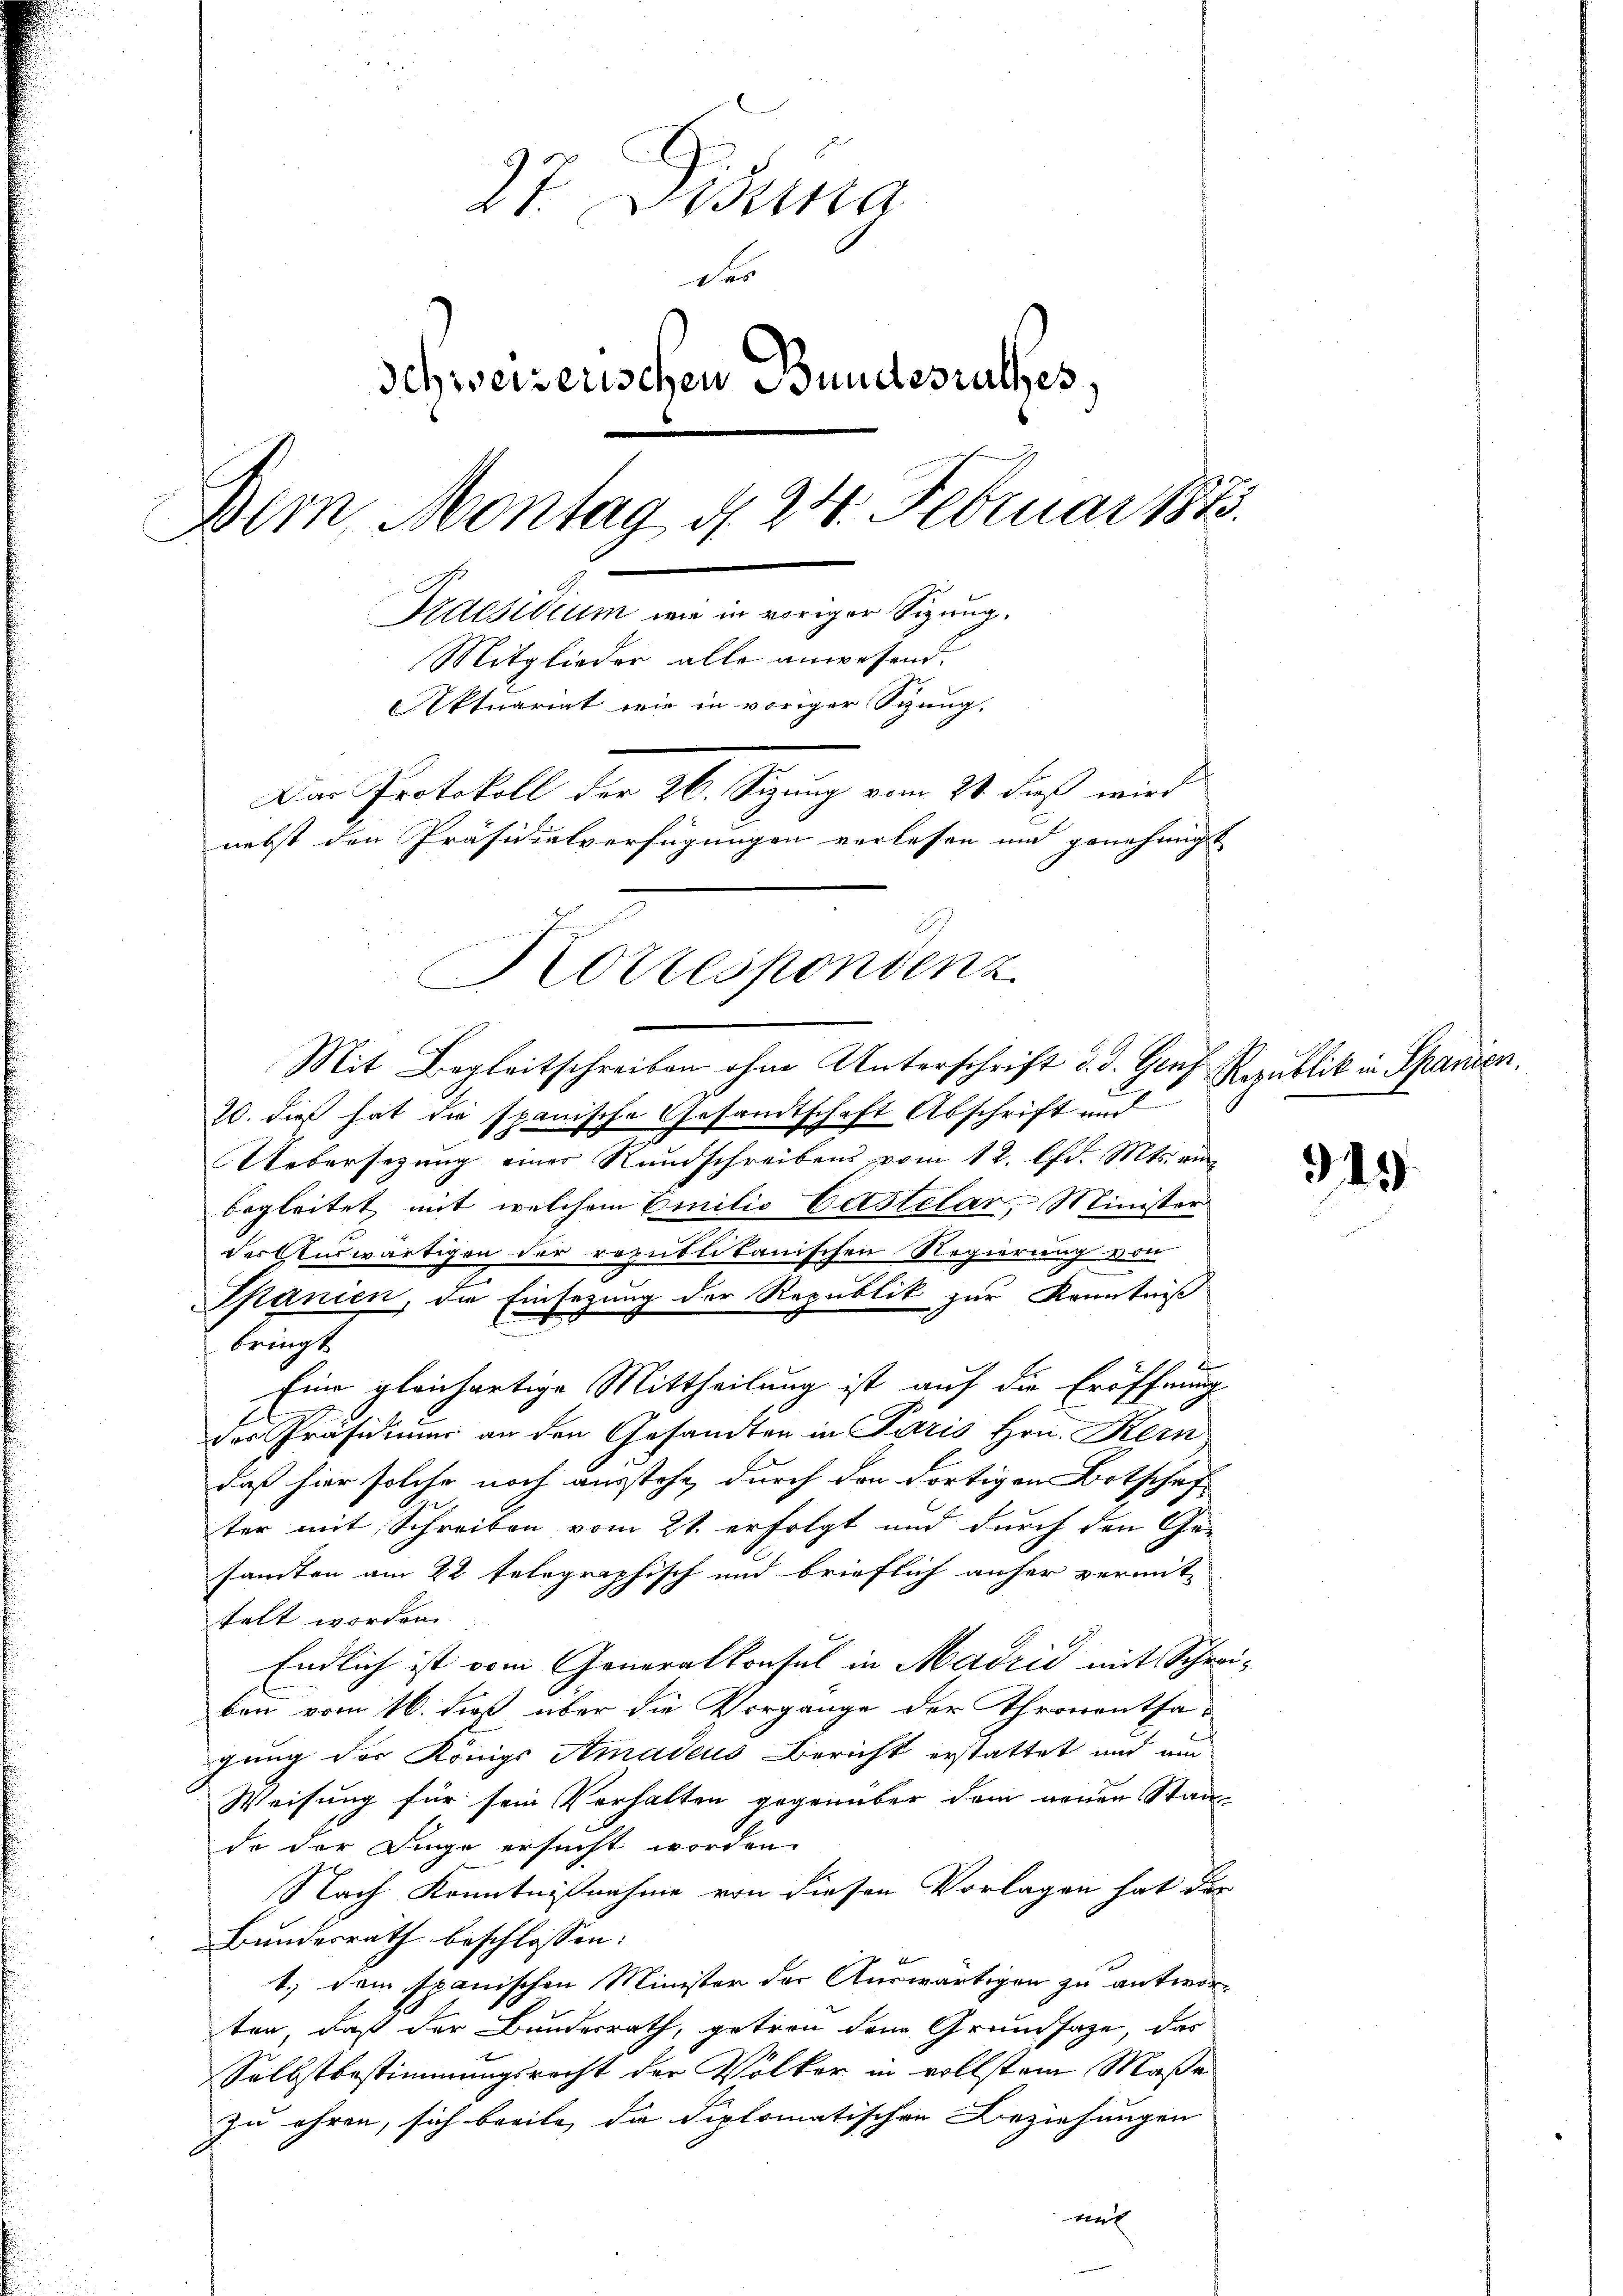
27. Disena
Des
Schweizerischen Bundesrathes,
Bern, Montag d. 24. Februar 1873.
Praesidium wie in voriger Sizung.
Mitglieder alle anwesend.
Aktuariat wie in voriger Sitzung.
Das Protokoll der 26. Sizung vom 21. daß wird
nebst den Präsidialverfügungen verlesen und genehmigt

Korrespondenz
Mit Begleitschreiben ohne Unterschrift d. d. Genz

i
20. dieß hat die spanische Gesandtschaft Abschrift und
Uebersezung einer Rundschreibens vom 12. lfd. Mts. ein-
begleitet, mit welchem Einitio Castelar, Minister
der Auswärtigen der republikanischen Regierung von
Spanien, die Einsezung der Republik zur Kenntniß
bringt
E
Eine gleichartige Mittheilung ist auf die Eröffnung
der Präsidiums an den Gesandten in Paris Hrn. Kern
daß hier solche noch ausstehe, durch den dortigen Botschaft
ter mit Schreiben vom 21. erfolgt und durch den Ge-
samten am 22 telegraphisch und brieflich anher vermit-
telt worden.
Endlich ist vom Generalkonsul in Madrić mit Schreiben vom 16. dieß über die Vorgange der Thronentsagung des Königs Amadeus Bericht erstattet und am
Weisung für sein Verhalten gegenüber dem neuen Stande der Dinge ersucht worden.
Nach Kenntnißnahme von diesen Vorlagen hat des
Bundesrath beschlossen:
1.) Dem spanischen Minister der Auswärtigen zu antwor-
ten, daß der Bundesrath, getreu dem Grundsatze, das
Selbstbestimmungsrecht der Völker in vollstem Maße
zu ehren, sich breite, da diplomatischen Beziehungen
ent

Republik in Spanien.

345